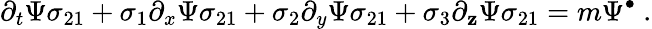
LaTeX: \partial_{t}\Psi\sigma_{21}+\sigma_{1}\partial_{x}\Psi\sigma_{21}+\sigma_{2}\partial_{y}\Psi\sigma_{21}+\sigma_{3}\partial_{\mathbf{z}}\Psi\sigma_{21}=m\Psi^{\bullet}~.